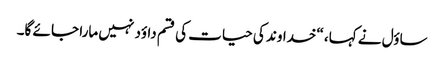
ساؤل نے کہا، “خداوند کی حیات کی قسم داؤد نہیں مارا جا ئے گا۔